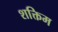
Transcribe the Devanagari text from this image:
शक्तिम